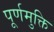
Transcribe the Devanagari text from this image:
पूर्णमुक्ति